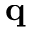
\bf q